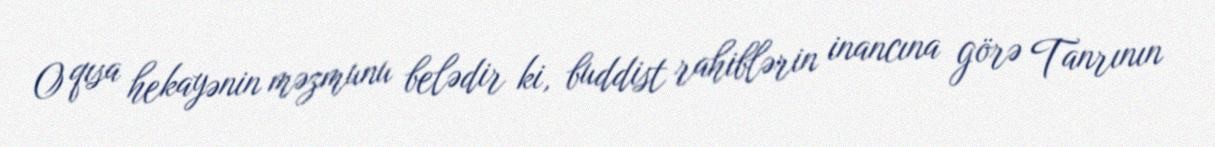
O qısa hekayənin məzmunu belədir ki, buddist rahiblərin inancına görə Tanrının